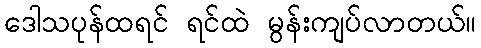
ဒေါသပုန်ထရင် ရင်ထဲ မွန်းကျပ်လာတယ်။